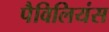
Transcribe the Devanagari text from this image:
पैविलियंस